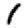
Digit: 1